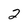
Character: 2